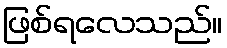
ဖြစ်ရလေသည်။